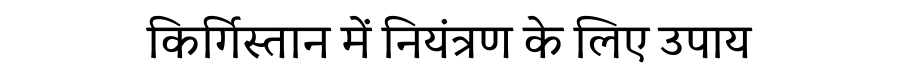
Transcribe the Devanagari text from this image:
किर्गिस्तान में नियंत्रण के लिए उपाय